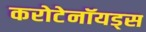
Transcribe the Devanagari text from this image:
करोटेनॉयड्स